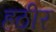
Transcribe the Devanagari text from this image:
हठीर